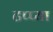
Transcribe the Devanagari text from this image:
टप्प्या